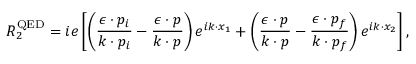
{ \cal R } _ { 2 } ^ { \mathrm { Q E D } } = i e \left[ \left( \frac { \epsilon \cdot p _ { i } } { k \cdot p _ { i } } - \frac { \epsilon \cdot p } { k \cdot p } \right) e ^ { i k \cdot x _ { 1 } } + \left( \frac { \epsilon \cdot p } { k \cdot p } - \frac { \epsilon \cdot p _ { f } } { k \cdot p _ { f } } \right) e ^ { i k \cdot x _ { 2 } } \right] ,